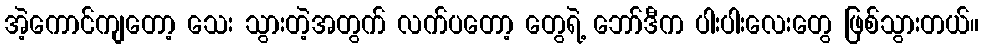
အဲ့ကောင်ကျတော့ သေး သွားတဲ့အတွက် လက်ပတော့ တွေရဲ့ ဘော်ဒီက ပါးပါးလေးတွေ ဖြစ်သွားတယ်။